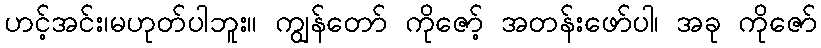
ဟင့်အင်း၊မဟုတ်ပါဘူး။ ကျွန်တော် ကိုဇော့် အတန်းဖော်ပါ၊ အခု ကိုဇော်